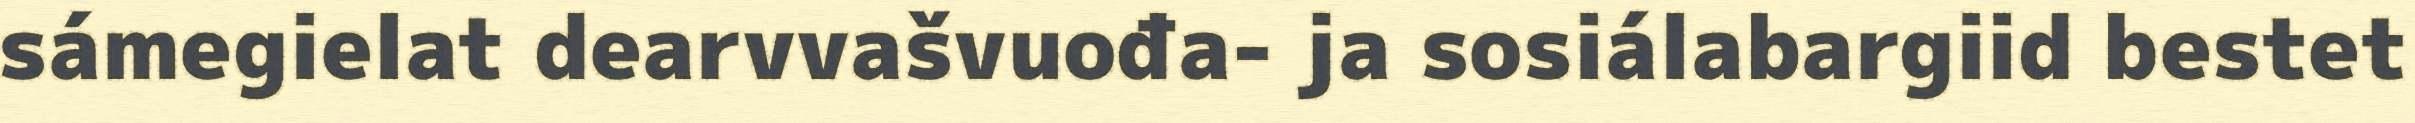
sámegielat dearvvašvuođa- ja sosiálabargiid bestet